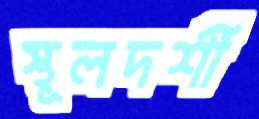
স্থূলদর্শী